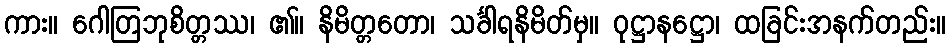
ကား။ ဂေါတြဘုစိတ္တဿ၊ ၏။ နိမိတ္တတော၊ သင်္ခါရနိမိတ်မှ။ ဝုဋ္ဌာနဋ္ဌော၊ ထခြင်းအနက်တည်း။